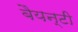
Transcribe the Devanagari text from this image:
बैयन्टी